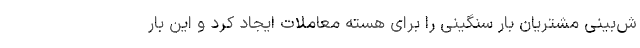
ش‌بینی مشتریان بار سنگینی را برای هسته معاملات ایجاد کرد و این بار